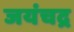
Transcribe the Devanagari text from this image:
जयंचद्र